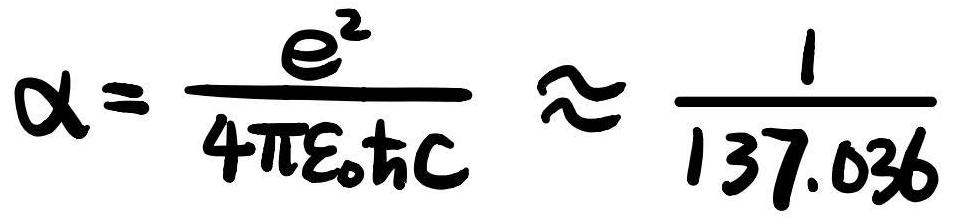
\[ \alpha = \frac{e^{2}}{4 \pi \varepsilon_{0} \hbar c} \approx \frac{1}{137.036} \]